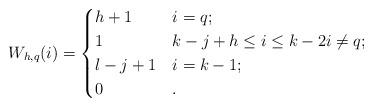
LaTeX: \begin{align*}W_{h,q}(i)=\begin{cases} h+1& i=q;\\ 1 & k-j+h\leq i\leq k-2 i\neq q;\\ l-j+1& i=k-1;\\ 0 & .\end{cases}\end{align*}